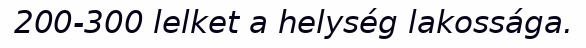
200-300 lelket a helység lakossága.